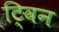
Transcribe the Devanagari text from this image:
टि्वन